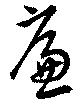
廉